Vaccination in Burma 1912-1922 - 1912-1922
Year: 1912
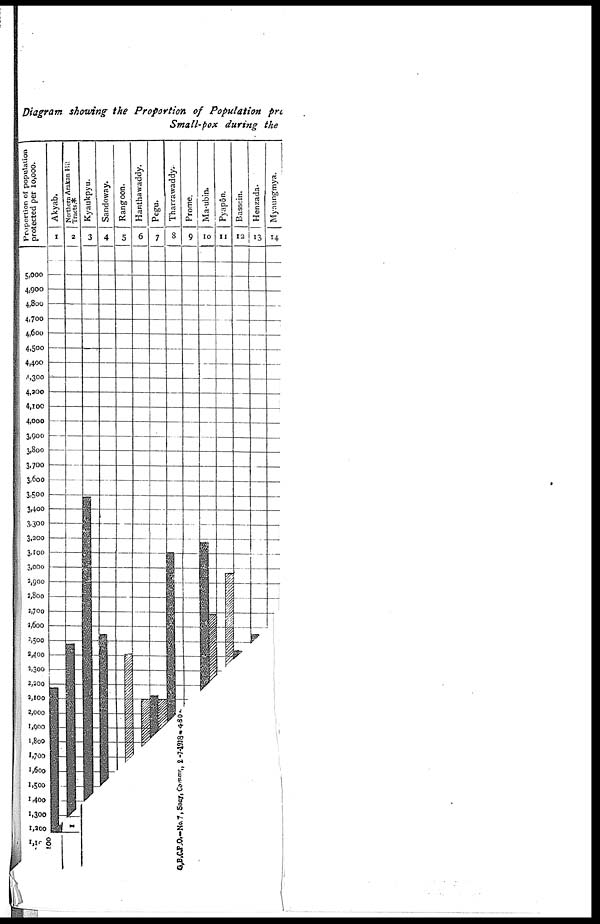
Diagram showing the Proportion of Population pre
Small-pox during the